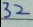
3 2